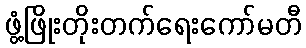
ဖွံ့ဖြိုးတိုးတက်ရေးကော်မတီ